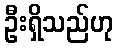
ဦးရှိသည်ဟု